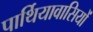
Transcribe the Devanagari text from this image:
पार्थियावासियों